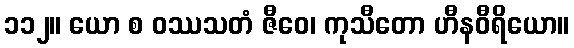
၁၁၂။ ယော စ ဝဿသတံ ဇီဝေ၊ ကုသီတော ဟီနဝီရိယော။